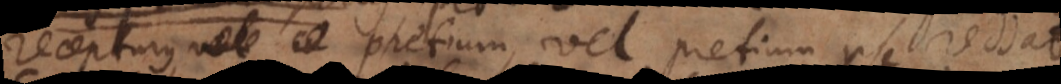
recepturus, vel pretium, vel pretium ipse reddat.